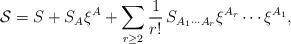
\begin{align*}{\cal S} = S + S_A \xi^A + \sum_{r\geq 2}\frac 1{r!}\, S_{A_1\cdots A_r}\xi^{A_r}\cdots\xi^{A_1},\end{align*}